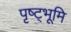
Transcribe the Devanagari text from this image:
पृष्ट्भूमि